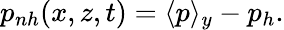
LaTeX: \begin{array}{r}{p_{nh}(x,z,t)=\langle p\rangle_{y}-p_{h}.}\end{array}